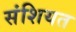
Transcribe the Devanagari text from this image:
संशियत